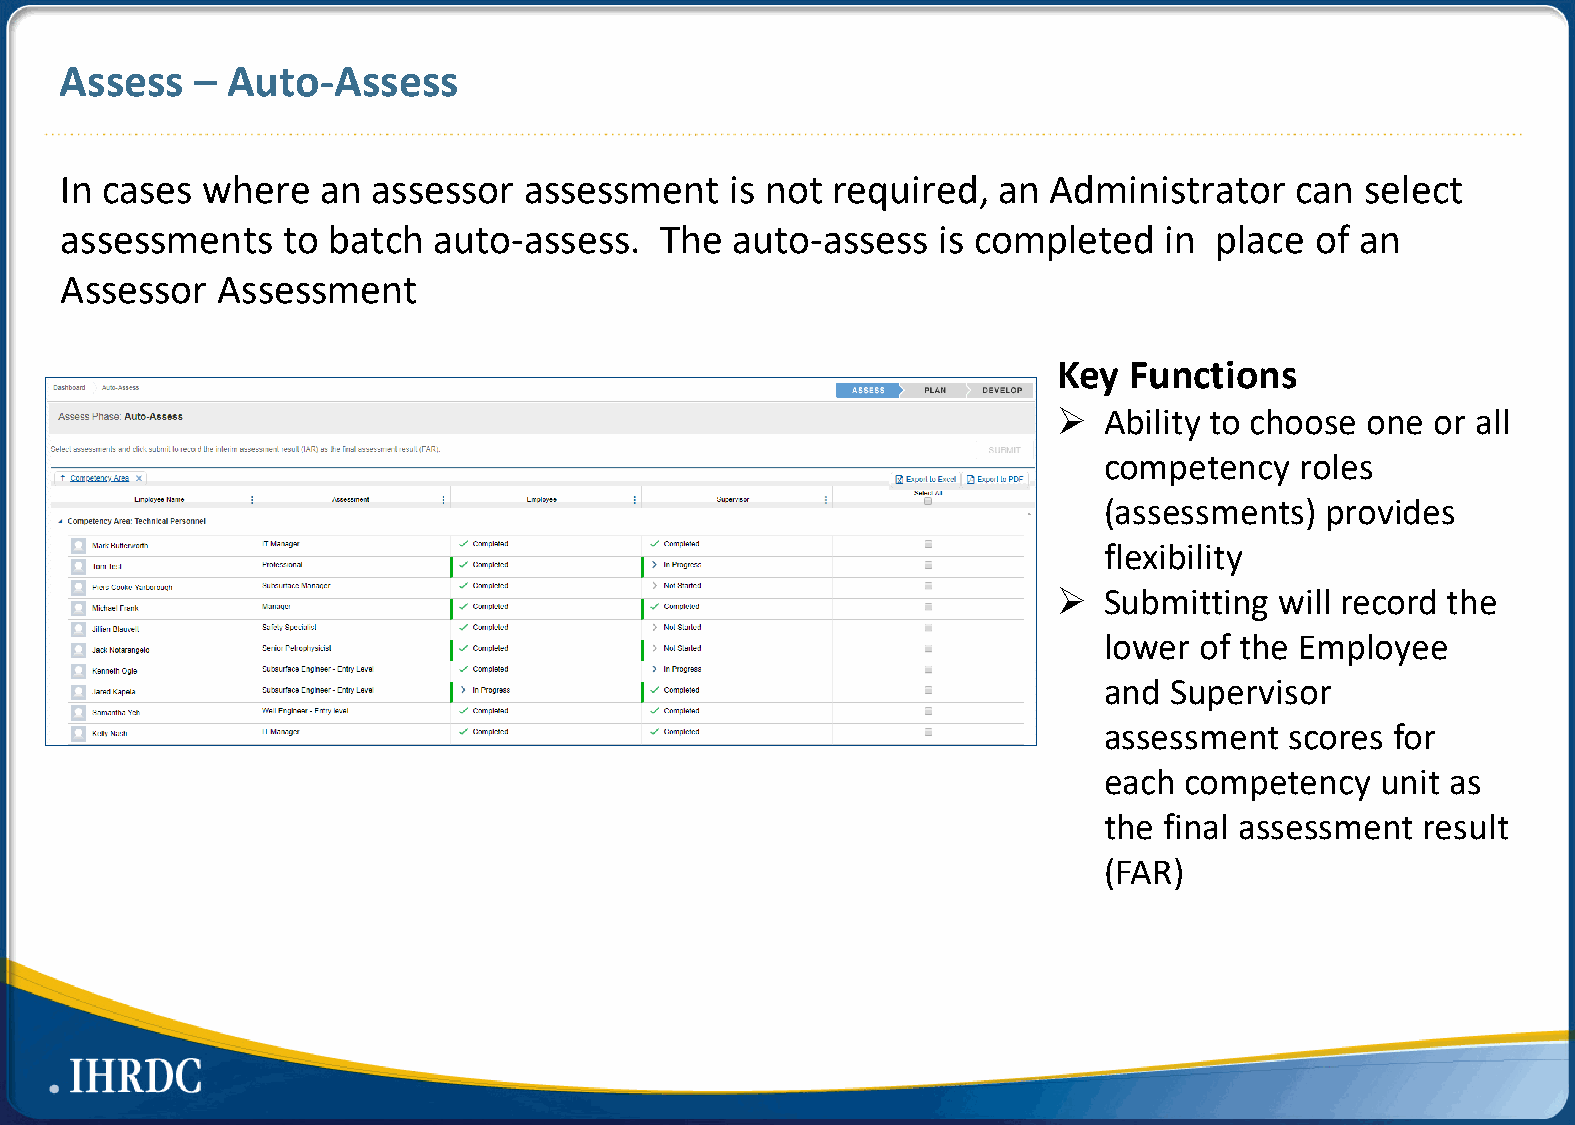
Assess   – Auto-Assess
 In cases where   an  assessor  assessment   is not required,  an Administrator    can select
 assessments    to batch  auto-assess.   The auto-assess   is completed   in place  of an
 Assessor  Assessment
 Key  Functions
   Ability to choose one or all
 competency   roles
 (assessments)  provides
 flexibility
   Submitting  will record the
 lower of the Employee
 and Supervisor
 assessment  scores for
 each competency   unit as
 the final assessment result
 (FAR)